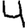
Digit: 4